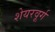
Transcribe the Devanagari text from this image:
शेयरवूर्ग